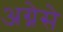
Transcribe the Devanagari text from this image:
अग्नेसे